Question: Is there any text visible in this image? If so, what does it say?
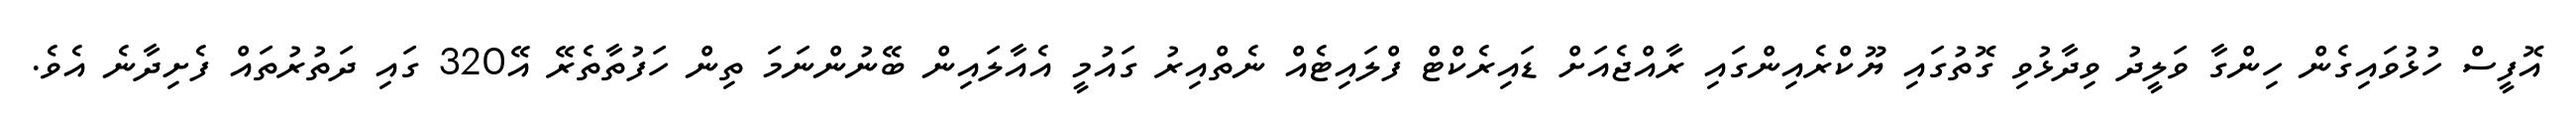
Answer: އޮފީސް ހުޅުވައިގެން ހިންގާ ވަލީދު ވިދާޅުވި ގޮތުގައި ޔޫކްރެއިންގައި ރާއްޖެއަށް ޑައިރެކްޓް ފްލައިޓެއް ނެތްއިރު ގައުމީ އެއާލައިން ބޭނުންނަމަ ތިން ހަފުތާތެރޭ އޭ320 ގައި ދަތުރުތައް ފެށިދާނެ އެވެ.